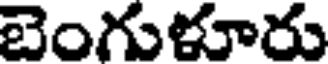
బెంగుళూరు